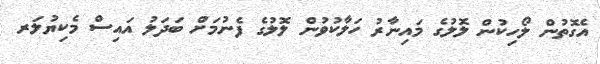
އެގޮތުން ލޯހިކުން ލޮލުގެ މައިނާރު ހަލާކުވުން ލޮލުގެ ފެނުމަށް ބަދަލު އައިސް މެކިޔުލަރ